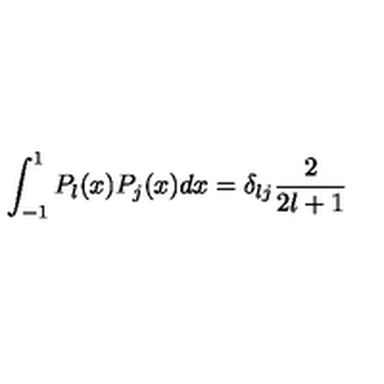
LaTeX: \int _ { - 1 } ^ { 1 } P _ { l } ( x ) P _ { j } ( x ) d x = \delta _ { l j } \frac { 2 } { 2 l + 1 }